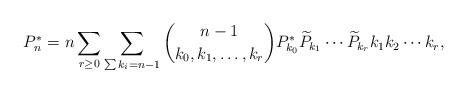
LaTeX: \begin{align*}P_n^* = n \sum\limits_{r \geq 0}\sum\limits_{\sum k_i = n-1} {n-1 \choose k_0,k_1,\hdots,k_r} P_{k_{0}}^*\widetilde{P}_{k_{1}}\cdots \widetilde{P}_{k_{r}}k_1k_2\cdots k_r,\end{align*}